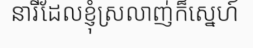
នារីដែលខ្ញុំស្រលាញ់ក៏ស្នេហ៍